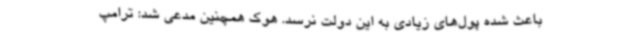
باعث شده پول‌های زیادی به این دولت نرسد. هوک‌ همچنین مدعی شد: ترامپ